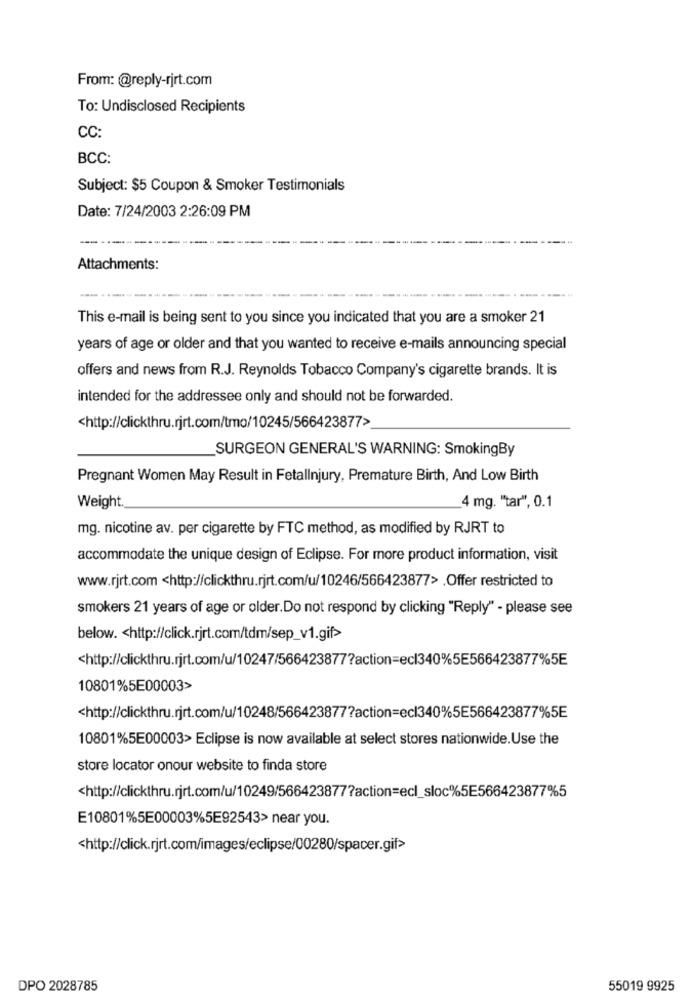
From: @reply-rjrt.com
To: Undisclosed Recipients
CC:
BCC:
Subject: $5 Coupon & Smoker Testimonials
Date: 7/24/2003 2:26:09 PM
Attachments:
This e-mail is being sent to you since you indicated that you are a smoker 21
years of age or older and that you wanted to receive e-mails announcing special
offers and news from R.J. Reynolds Tobacco Company's cigarette brands. It is
intended for the addressee only and should not be forwarded.
<http://clickthru.rjrt.com/tmo/10245/566423877>
SURGEON GENERAL'S WARNING: SmokingBy
Pregnant Women May Result in FetalInjury, Premature Birth, And Low Birth
Weight
4 mg. "tar", 0.1
mg. nicotine av. per cigarette by FTC method, as modified by RJRT to
accommodate the unique design of Eclipse. For more product information, visit
www.rjrt.com <http://clickthru.rjrt.com/u/10246/566423877> . Offer restricted to
smokers 21 years of age or older.Do not respond by clicking "Reply" - please see
below. < http://click.rjrt.com/tdm/sep_v1.gif>
<http://clickthru.rjrt.com/u/10247/566423877?action=ecl340%5E566423877%5E
10801%5E00003>
<http://clickthru.rjrt.com/u/10248/566423877?action=ecl340%5E566423877%5E
10801%5E00003> Eclipse is now available at select stores nationwide. Use the
store locator onour website to finda store
<http://clickthru.rjrt.com/u/10249/566423877?action=ecl_sloc%5E566423877%5
E10801%5E00003%5E92543> near you.
<http://click.rjrt.com/images/eclipse/00280/spacer.gif>
DPO 2028785
55019 9925